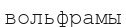
вольфрамы